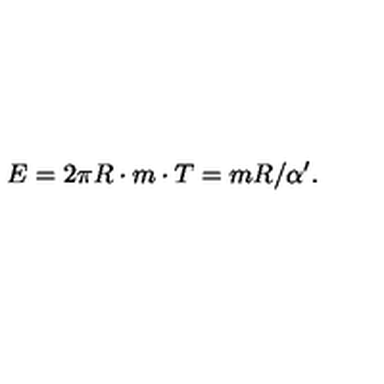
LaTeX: E = 2 \pi R \cdot m \cdot T = m R / \alpha ^ { \prime } .